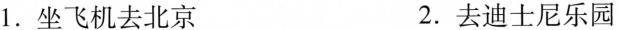
1.坐飞机去北京 2.去迪士尼乐园